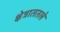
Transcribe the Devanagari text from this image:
क्षेत्राततले